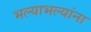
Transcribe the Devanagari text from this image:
भल्याभल्यांना